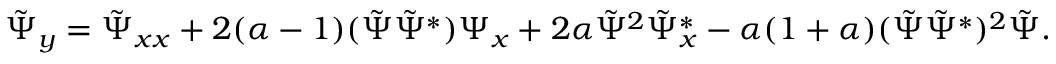
\tilde { \Psi } _ { y } = \tilde { \Psi } _ { x x } + 2 ( \alpha - 1 ) ( \tilde { \Psi } \tilde { \Psi } ^ { * } ) \Psi _ { x } + 2 \alpha \tilde { \Psi } ^ { 2 } \tilde { \Psi } _ { x } ^ { * } - \alpha ( 1 + \alpha ) ( \tilde { \Psi } \tilde { \Psi } ^ { * } ) ^ { 2 } \tilde { \Psi } .